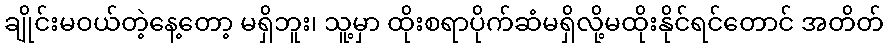
ချိုင်းမဝယ်တဲ့နေ့တော့ မရှိဘူး၊ သူ့မှာ ထိုးစရာပိုက်ဆံမရှိလို့မထိုးနိုင်ရင်တောင် အတိတ်